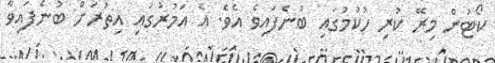
ކޯޓުން މިރޭ ކުރި ހުކުމުގައި ބުނެފައިވެ އެވެ. އެ އަމުރުގައި އިތުރަށް ބުނެފައިވާ